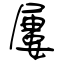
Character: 屢